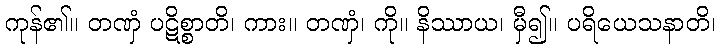
ကုန်၏။ တဏှံ ပဋိစ္စာတိ၊ ကား။ တဏှံ၊ ကို။ နိဿာယ၊ မှီ၍။ ပရိယေသနာတိ၊